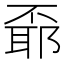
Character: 𠁌